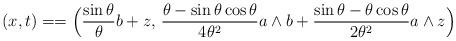
LaTeX: \begin{align*} \begin{aligned}(x,t) &==\Bigl(\frac{\sin\theta}{\theta} b+z,\,\frac{\theta-\sin\theta\cos\theta}{4\theta^2} a\wedge b +\frac{\sin\theta-\theta\cos\theta}{2\theta^2} a\wedge z\Bigr)\end{aligned}\end{align*}